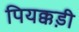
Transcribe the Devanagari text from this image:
पियक्कड़ी